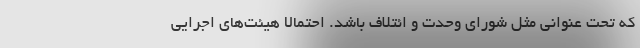
که تحت عنوانی مثل شورای وحدت و ائتلاف باشد. احتمالا هیئت‌های اجرایی